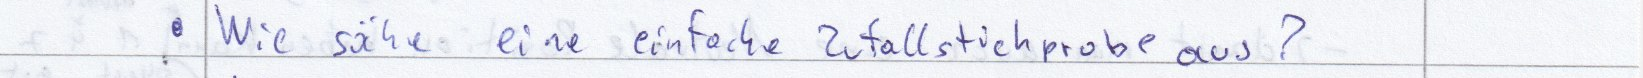
Wie sähe eine einfache Zufallstichprobe aus?